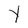
Character: Y